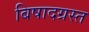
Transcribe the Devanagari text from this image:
बिषादग्रस्त